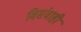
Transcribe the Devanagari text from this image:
विसंवाही